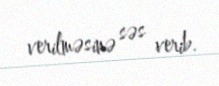
verilməsinə səs verib.